Kominterni_Eesti_sektsioon_Moskvas, lk 7
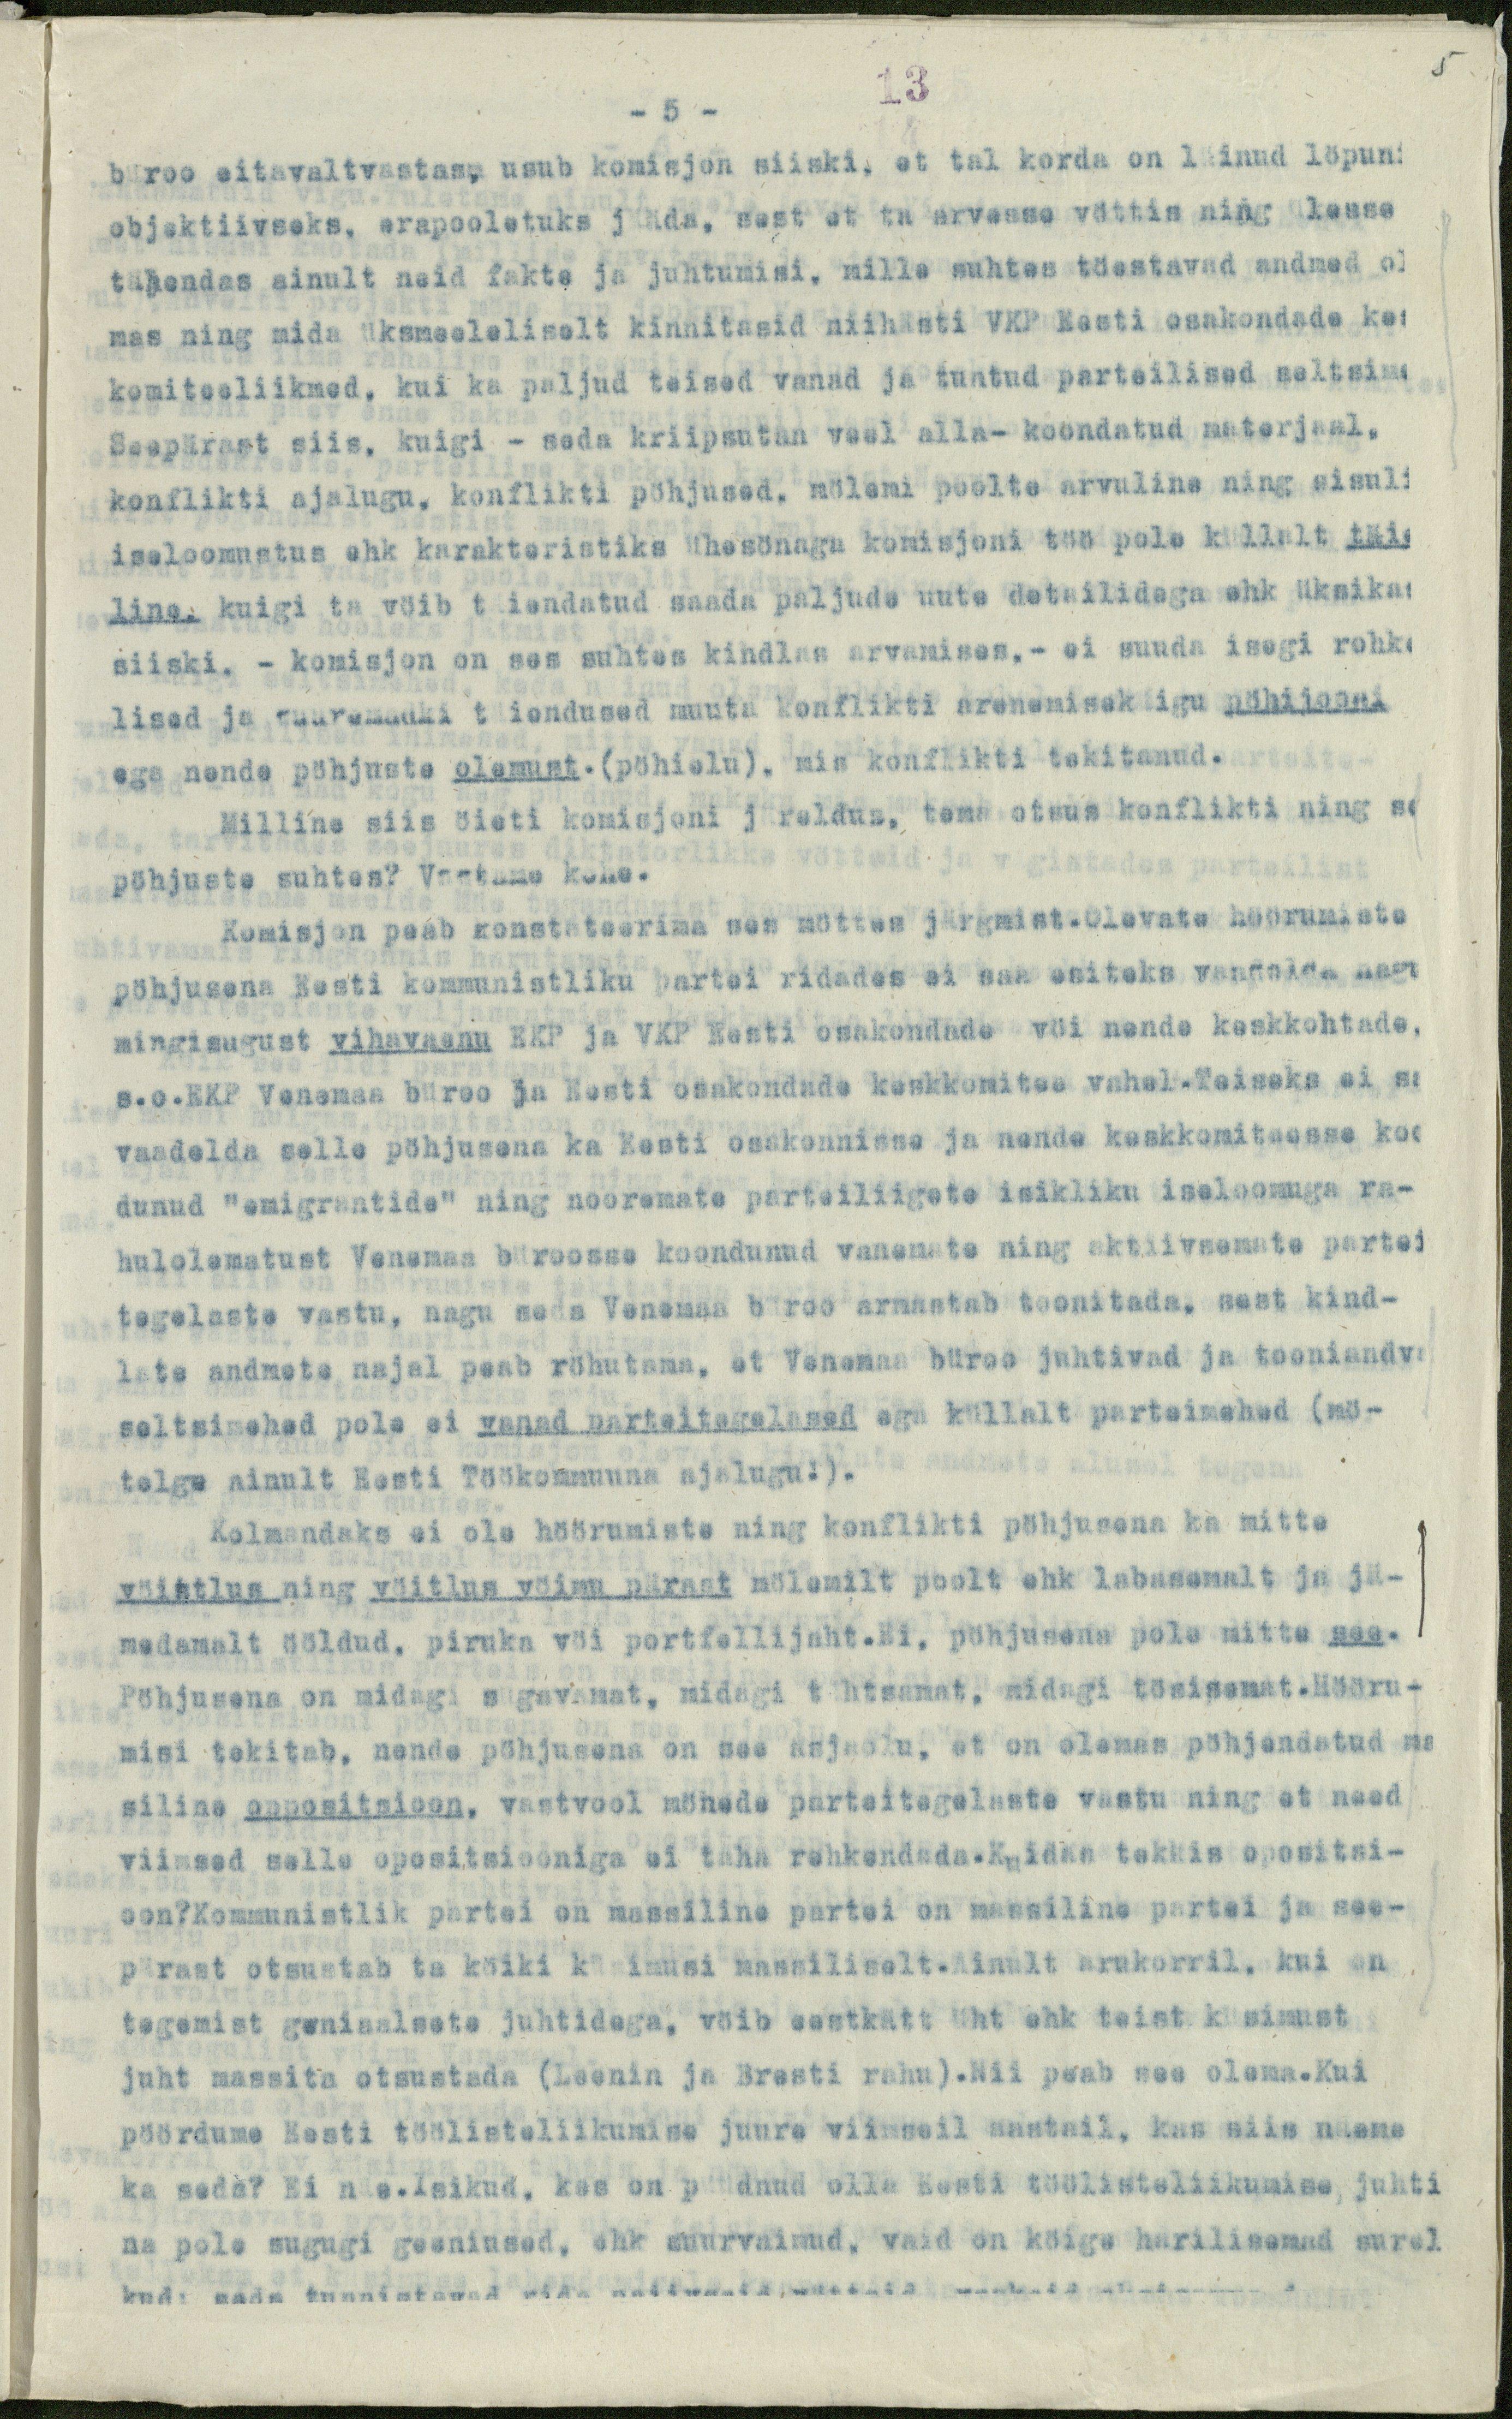
13

5
- 5 -
büroo eitavaltvastas, usub komisjon siiski, et tal korda on läinud löpuni
objektiivseks, erapooletuks jääda, sest et ta arvesse vöttis ning ülesse
tähendas ainult neid fakte ja juhtumisi, mille suhtes töestavad andmed ol
mas ning mida üksmeeleliselt kinnitasid niihästi VKP Eesti osakondade kes
komiteeliikmed, kui ka paljud teised vanad ja tuntud parteilised seltsime
Seepärast siis, kuigi - seda kriipsutan veel alla- koondatud materjaal,
konflikti ajalugu, konflikti pöhjused, mölemi poolte arvuline ning sisuli
iseloomustus ehk karakteristiks ühesönaga komisjoni töö pole küllalt täis
line, kuigi ta vöib täiendatud saada paljude uute detailidega ehk üksikas
siiski, - komisjon on ses suhtes kindlas arvamises, - ei suuda isegi rohke
lised ja suuremadki täiendused muuta konflikti arenemisekäigu pöhijooni
ega nende pöhjuste olemust.- (pöhielu), mis konflikti tekitanud.
Milline siis öieti komisjoni järeldus, tema otsus konflikti ning se
pöhjuste suhtes? Vaatame kohe.
Komisjon peab konstateerima ses möttes järgmist.Olevata höörumiste
pöhjusena Eesti kommunistliku partei ridades ei saa esiteks vaadelda nagu
mingisugust vihavaenu EKP ja VKP Eesti osakondade vöi nende keskkohtade,
s.o.EKP Venemaa büroo ja Eesti osakondade keskkomitee vahel.Teiseks ei sa
vaadelda selle pöhjusena ka Eesti osakonnisse ja nende keskkomiteesse koo
dunud "emigrantide" ning nooremate parteiliigete isikliku iseloomuga ra-
hulolematust Venemaa büroosse koondunud vanemate ning aktiivsemate partei
tegelaste vastu, nagu seda Venemaa büroo armastab toonitada, sest kind-
late andmete najal peab röhutama, et Vanemaa büroo juhtivad ja tooniandva
seltsimehed pole ei vanad parteitegelased aga küllalt parteimehed (mö-
telgu ainult Eesti Töökommuna ajalugu.).
Kolmandaks ei ole höörumiste ning konflikti pöhjusena ka mitte
vöistlus ning vöitlus vöimu pärast mölemilt poolt ehk labasemalt ja jä-
medamalt ööldud, piruka vöi portfellijaht.Ei, pöhjusena pole mitte see.
Pöhjusena on midagi sügavamat, midagi tähtsamat ningi tösisemat.Hööru-
misi tekitab, nende pöhjusena on see asjaolu, et on olemas pöhjendatud ma
siline oppositsioon, vastvool mönede parteitegelaste vastu ning et need
viimsed selle opositsiooniga ei taha rehkendada.Kuidas tekkis opositsi-
oon?Kommunistlik partei on massiline partei on massiline partei ja see-
pärast otsustab ta köiki küsimusi massiliselt. Ainult arukorril, kui on
tegemist geniaalsete juhtidega, vöib eestkätt üht ehk teist küsimust
juht massita otsustada (Leenin ja Bresti rahu).Nii peab see olema.Kui
pöördume Eesti töölisteliikumise juure viimseil aastail, kas siis näeme
ka seda? Ei näe.Isikud, kes on püüdnud olla Eesti töölisteliikumise, juhti
na pole sugugi geeniused, ehk suurvaimud, vaid on köige harilisemad surel
kud seda tunnistavad rida naiivseid, wõetud waebaid